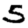
Digit: 5